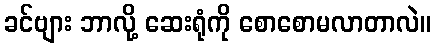
ခင်ဗျား ဘာလို့ ဆေးရုံကို စောစောမလာတာလဲ။